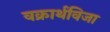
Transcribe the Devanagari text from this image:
वक्रार्थविजा